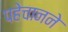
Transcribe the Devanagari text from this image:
पहेचानने